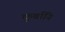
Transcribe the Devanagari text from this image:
कुर्बानि